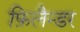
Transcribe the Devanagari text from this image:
फ़िलैन्डर